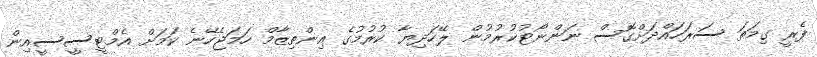
ފެރީ ގިމަތަ ސަރަހައްދަށްގޮސް ނަންނޯޓުކުރުމުން ލޭހަދިޔާ ކުރުމުގެ އިންތިޒާމް ހަމަޖެހޭނެ ކަމަށް އެމްޓީސީސީއިން